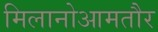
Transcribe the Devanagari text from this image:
मिलानोआमतौर